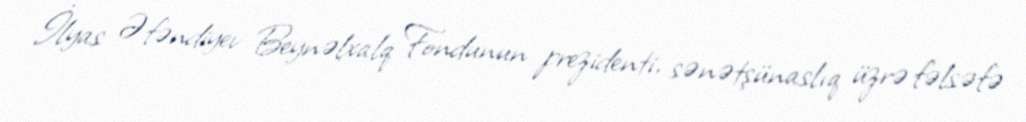
İlyas Əfəndiyev Beynəlxalq Fondunun prezidenti, sənətşünaslıq üzrə fəlsəfə